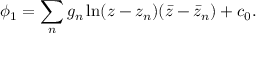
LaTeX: \phi _ { 1 } = \sum _ { n } g _ { n } \ln ( z - z _ { n } ) ( \bar { z } - \bar { z } _ { n } ) + c _ { 0 } .